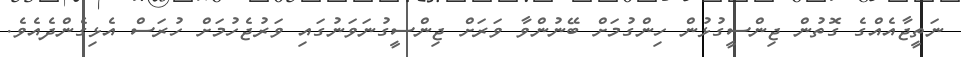
ނަތީޖާއެއްގެ ގޮތުން ޖިންސީގުޅުން ހިންގުމަށް ބޭނުންވާ ވަރަށް ޖިންސީގުނަވަނުގައި ވަރުޖެހުމަށް ހުރަސް އެޅިގެންދެއެވެ.